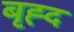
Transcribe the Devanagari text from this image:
बृह्द